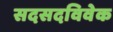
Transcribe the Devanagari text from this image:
सदसदविवेक